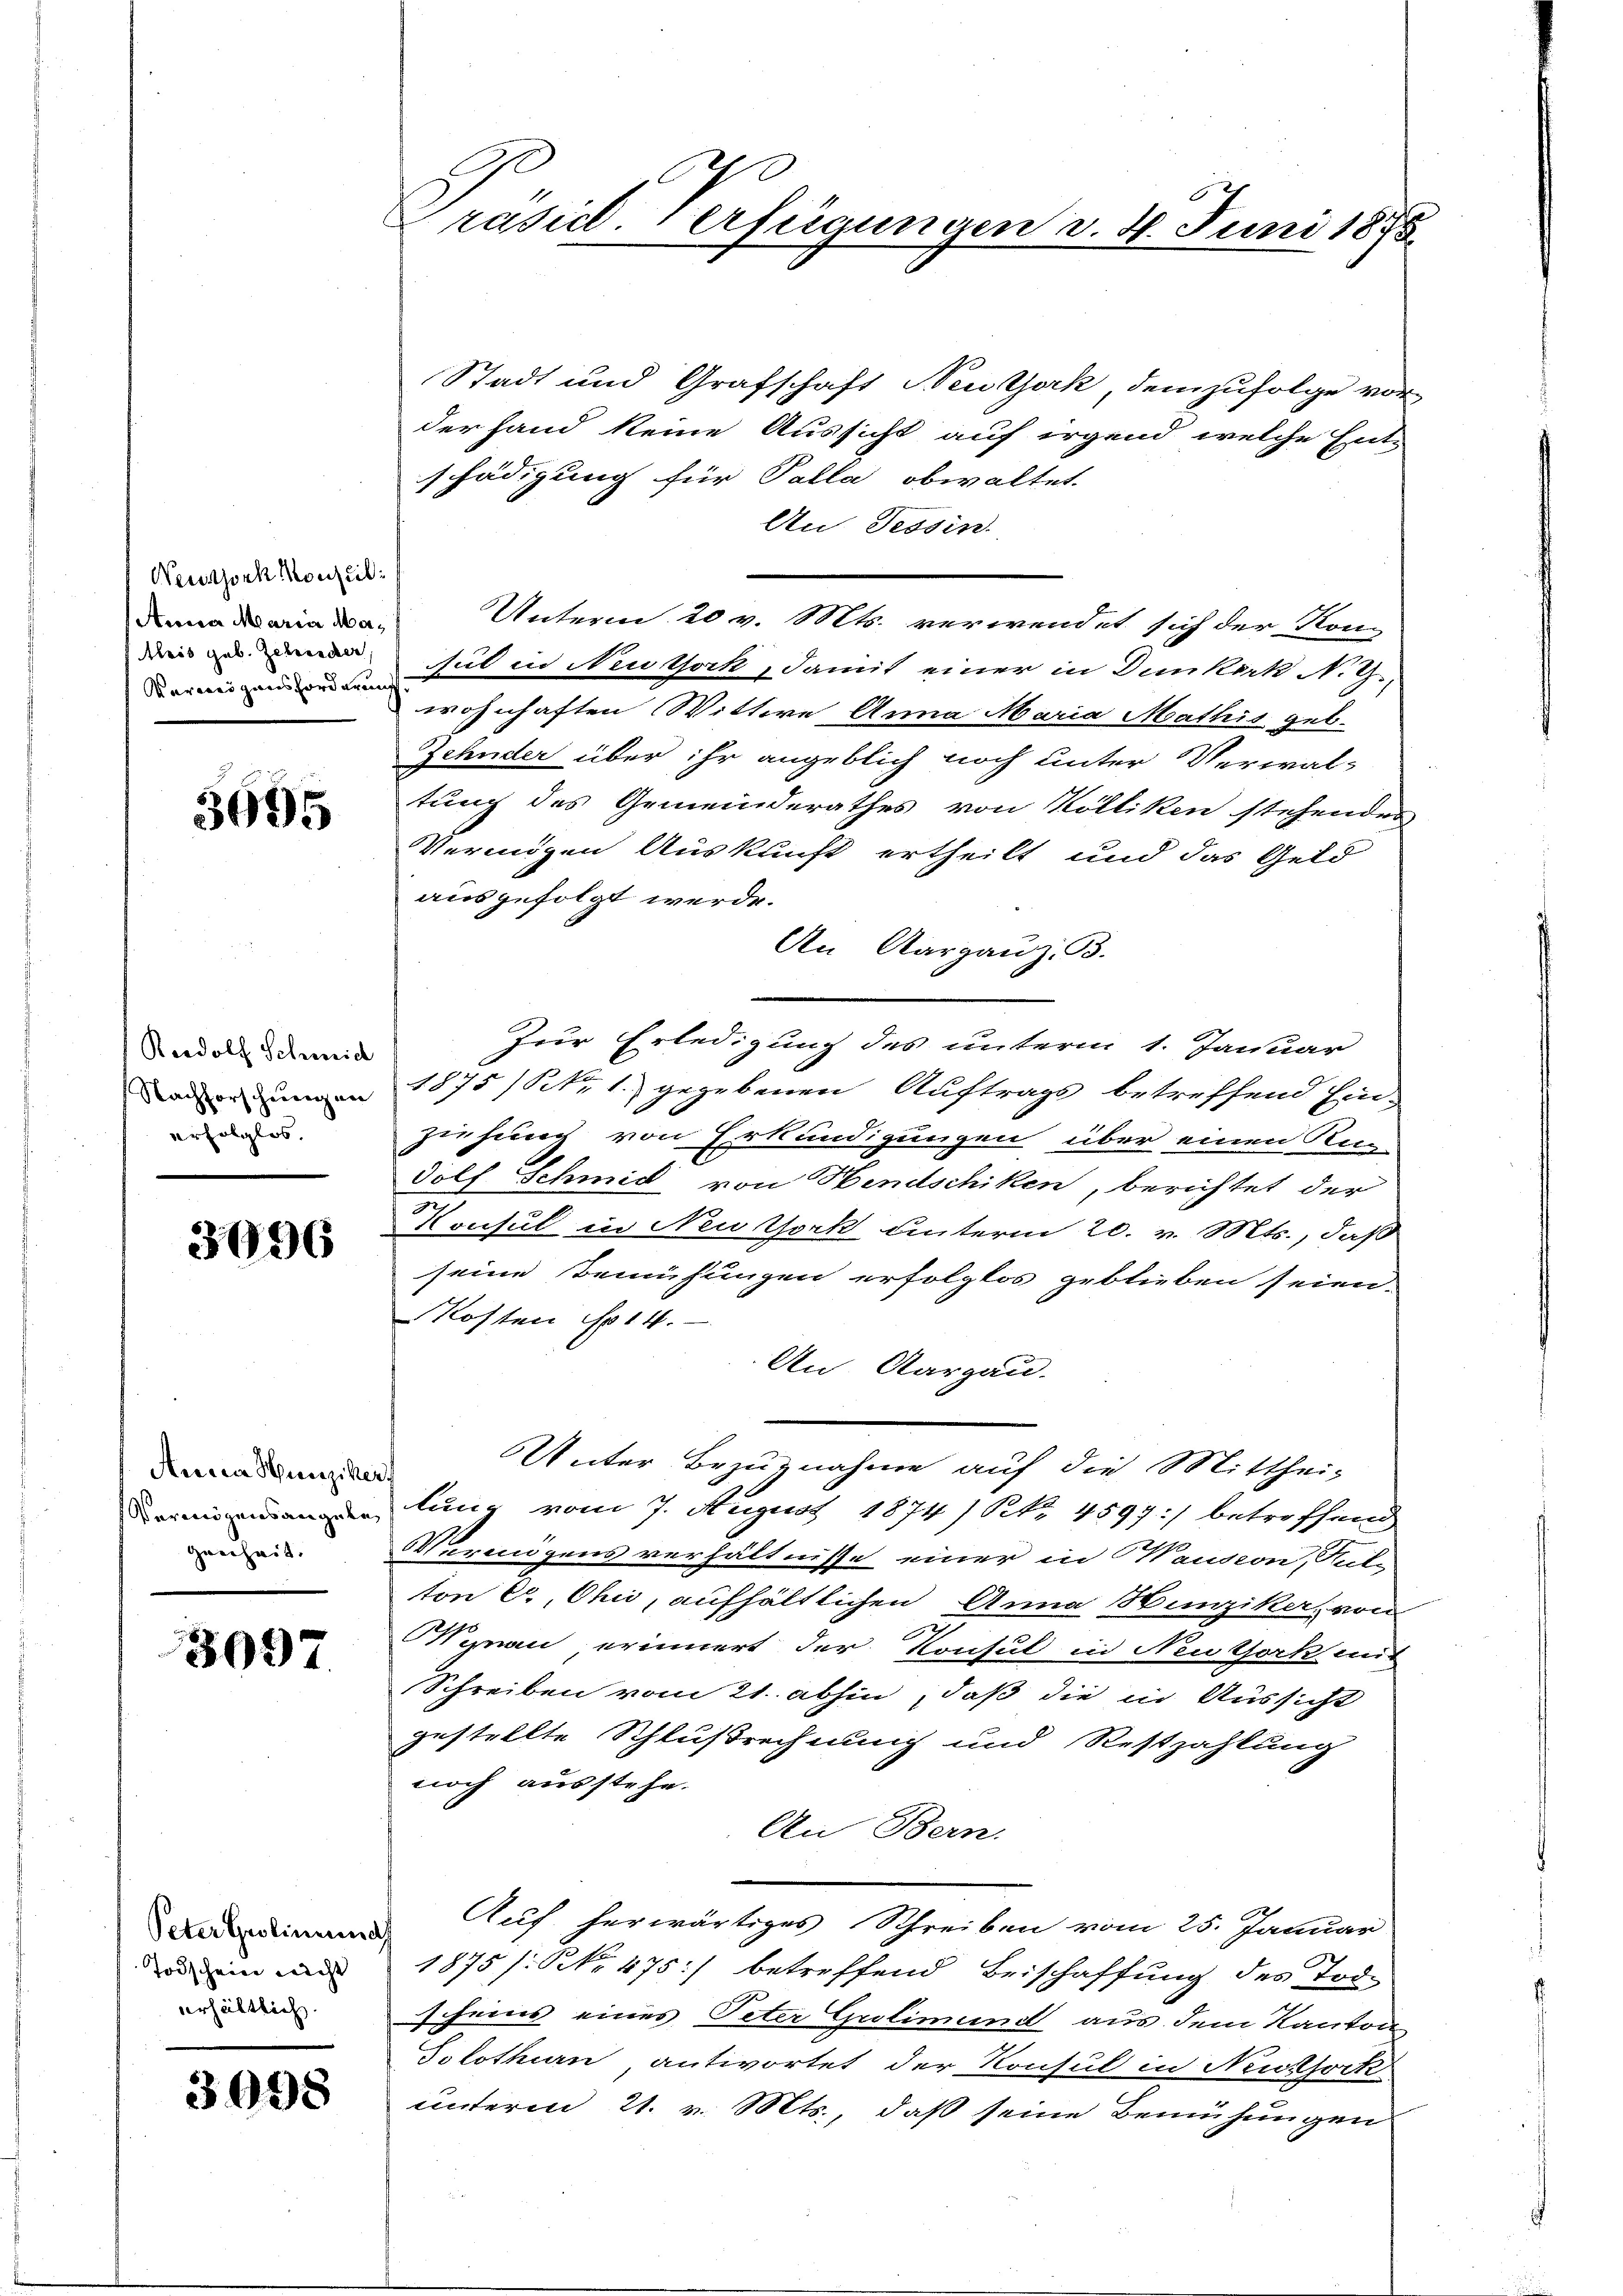
Weuthorch Monseil¬
Anna Maria Matleis geb. Zehender,
Verweigensforderen

3995

Radolf Schmid
Nachforschungen
erfolglos,

3096

Aucia Hunzike
Vermögensangabe,
genheit.

3097.

Peter Grolin und
Todschein nicht
verhältlich

3098

räsid. Verfügungen d. 4. Juni 1875

Stadt und Grafschaft Neutjork demzufolge vor
der Hand keine Aussicht auf irgend welche Entschädigung für Palla obwaltet.
An Tessin.
Unterm 20 v. Mts. verwendet sich der Kon-
sul in Nestock, damit einer in Dunkerk N. Z.
wohnhaften Wittwe Anna Maria Mathis geb.
Zehnder über ihr angeblich noch unter Verwal-
tung des Gemeinderathes von Kölliken stehenden
Vermigen Auskunft ertheilt und das Geld
ausgefolgt werde.
An Aargauz. B.
Zur Erledigung des unterm 1. Januar
1875) S. 1 gegebenen Auftrags betreffend Ein-
ziehung von Erkundigungen über einen Ran
dolf Schmid von Hendschiken, berichtet der
Konsul in Neuork unterm 20. v. Mts., daß
seine Bemühungen erfolglos geblieben seien.
Kosten No 14.
An Aargau.
Unter Bezugnahme auf die Mitthei-
lung vom 7. August 1874) S. 4597) betreffend
Verungens verhältnisse einer in Wausion, Hulton er, Chii, aufhältlichen Anna Hunziker, von
Wynau erinnert der Konsul in Neuthork mit
Schreiben vom 21. abhin, daß die in Aussicht
gestellte Schlußrechnung und Restzahlung
noch ausstehe.
An Bern.
Auf herwärtiges Schreiben vom 25. Januar
1875 /: NNo. 475) betreffend Beischaffung des Todscheins eines Peter Gutimund aus dem Kanton
Solothurn antwortet der Konsul in Neuthork
unterm 21. v. Mts., daß seine Bemühungen